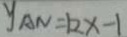
y _ { A N } = k x - 1